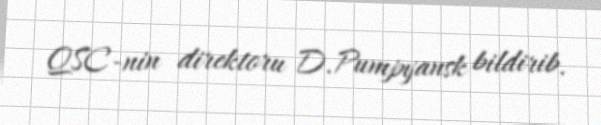
QSC-nin direktoru D.Pumpyansk bildirib.